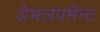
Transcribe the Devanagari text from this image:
डेभलपमेन्ट